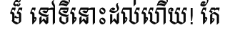
ម៏ នៅទីនោះដល់ហើយ! តែ